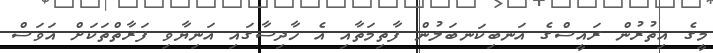
މީގެ އިތުރުން ރައީސްގެ އަނބިކަނބަލުން ފާތިމަތާއި އެ ހާދިސާގައި އަނިޔާވި ފަރާތްތަކަށް އަވަސް